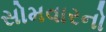
સોમવારનો